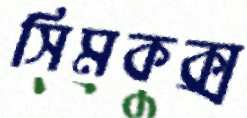
সিমকক্স